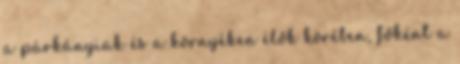
a párkányiak és a környéken élők körében, főként a